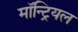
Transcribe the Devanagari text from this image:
माॅन्ट्रियल